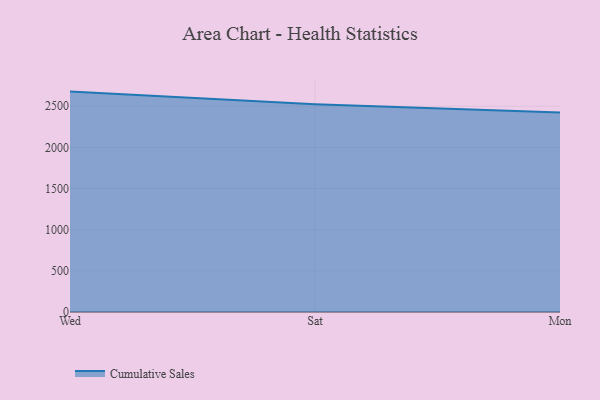
{"axis": {"x": "Day", "y": "Conversion Rate (%)"}, "legend": ["Cumulative Sales"], "data": [{"x": "Wed", "y": 2676.9, "type": "Cumulative Sales"}, {"x": "Sat", "y": 2524.4, "type": "Cumulative Sales"}, {"x": "Mon", "y": 2423.4, "type": "Cumulative Sales"}]}